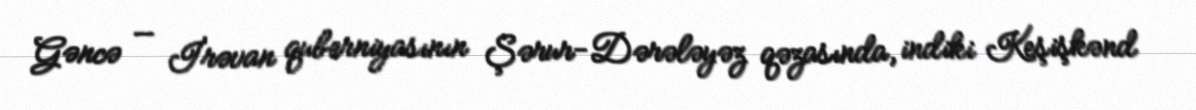
Gəncə — İrəvan quberniyasının Şərur-Dərələyəz qəzasında, indiki Keşişkənd